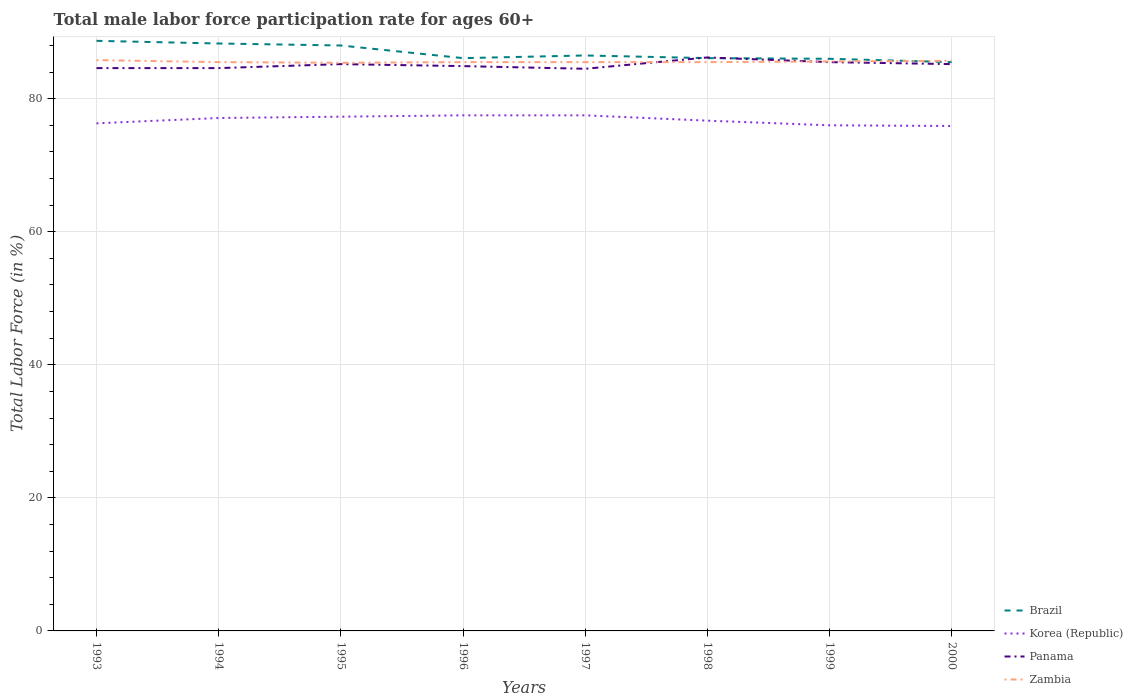
| Years | Brazil | Korea (Republic) | Panama | Zambia |
 | --- | --- | --- | --- | --- |
 | 1993 | 88.7 | 76.3 | 84.6 | 85.8 |
 | 1994 | 88.3 | 77.1 | 84.6 | 85.5 |
 | 1995 | 88 | 77.3 | 85.2 | 85.4 |
 | 1996 | 86.1 | 77.5 | 84.9 | 85.5 |
 | 1997 | 86.5 | 77.5 | 84.5 | 85.5 |
 | 1998 | 86.1 | 76.7 | 86.2 | 85.5 |
 | 1999 | 86 | 76 | 85.5 | 85.6 |
 | 2000 | 85.5 | 75.9 | 85.2 | 85.7 |